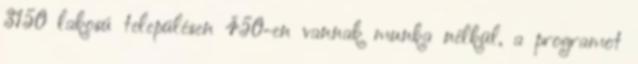
3150 lakosú településen 450-en vannak munka nélkül, a programot